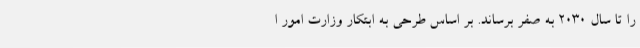
را تا سال ۲۰۳۰ به صفر برساند. بر اساس طرحی به ابتکار وزارت امور ا